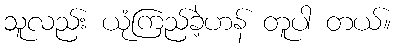
သူလည်း ယုံကြည်ခဲ့ဟန် တူပါ တယ်။